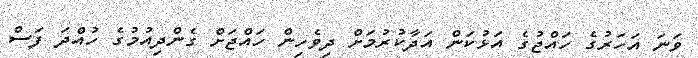
ވަނަ އަހަރުގެ ހައްޖުގެ އަޅުކަން އަދާކުރުމަށް ދިވެހިން ހައްޖަށް ގެންދިއުމުގެ ހުއްދަ ފަސް